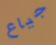
جياع